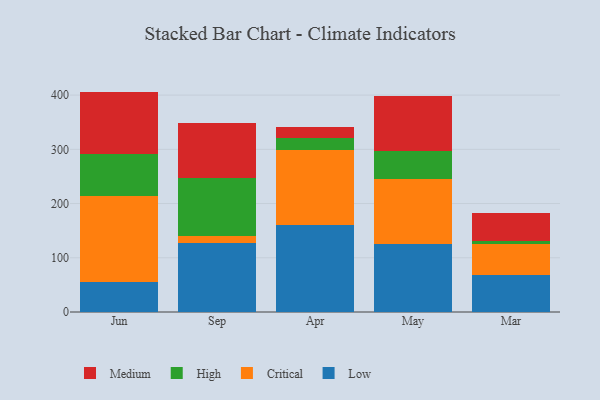
{"axis": {"x": "Month", "y": "Conversion Rate (%)"}, "legend": ["Critical", "High", "Low", "Medium"], "data": [{"x": "Jun", "y": 55.7, "type": "Low"}, {"x": "Jun", "y": 157.8, "type": "Critical"}, {"x": "Jun", "y": 78.4, "type": "High"}, {"x": "Jun", "y": 114.6, "type": "Medium"}, {"x": "Sep", "y": 126.4, "type": "Low"}, {"x": "Sep", "y": 13.6, "type": "Critical"}, {"x": "Sep", "y": 106.5, "type": "High"}, {"x": "Sep", "y": 101.9, "type": "Medium"}, {"x": "Apr", "y": 160.4, "type": "Low"}, {"x": "Apr", "y": 137.8, "type": "Critical"}, {"x": "Apr", "y": 23.6, "type": "High"}, {"x": "Apr", "y": 20.0, "type": "Medium"}, {"x": "May", "y": 126.0, "type": "Low"}, {"x": "May", "y": 119.9, "type": "Critical"}, {"x": "May", "y": 50.5, "type": "High"}, {"x": "May", "y": 102.4, "type": "Medium"}, {"x": "Mar", "y": 67.5, "type": "Low"}, {"x": "Mar", "y": 58.1, "type": "Critical"}, {"x": "Mar", "y": 5.6, "type": "High"}, {"x": "Mar", "y": 50.6, "type": "Medium"}]}